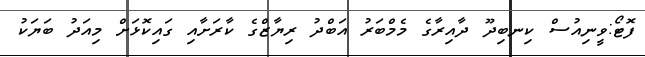
ފޮޓޯ:ވީނިއުސް ކިނބިދޫ ދާއިރާގެ މެމްބަރު އަބްދު ރިޔާޒްގެ ކާރަށާއި ގައިކޮޅަށް މިއަދު ބަޔަކު